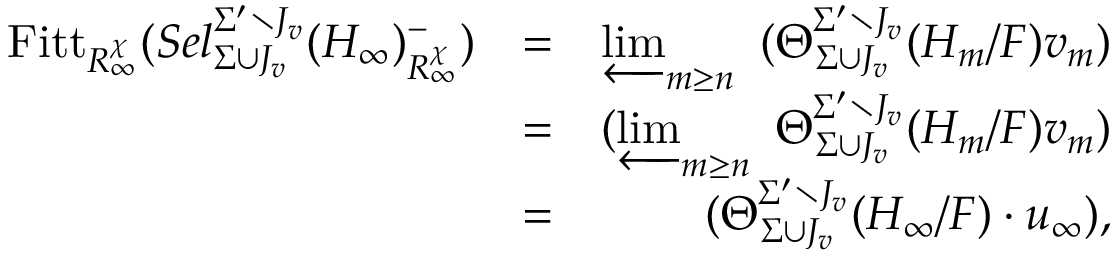
\begin{array} { r l r } { \mathrm { F i t t } _ { R _ { \infty } ^ { \chi } } ( S e l _ { \Sigma \cup J _ { v } } ^ { \Sigma ^ { \prime } \setminus J _ { v } } ( H _ { \infty } ) _ { R _ { \infty } ^ { \chi } } ^ { - } ) } & { = } & { \varprojlim _ { m \geq n } \mathrm { ~ } ( \Theta _ { \Sigma \cup J _ { v } } ^ { \Sigma ^ { \prime } \setminus J _ { v } } ( H _ { m } / F ) v _ { m } ) } \\ & { = } & { ( \varprojlim _ { m \geq n } \mathrm { ~ } \Theta _ { \Sigma \cup J _ { v } } ^ { \Sigma ^ { \prime } \setminus J _ { v } } ( H _ { m } / F ) v _ { m } ) } \\ & { = } & { ( \Theta _ { \Sigma \cup J _ { v } } ^ { \Sigma ^ { \prime } \setminus J _ { v } } ( H _ { \infty } / F ) \cdot u _ { \infty } ) , } \end{array}